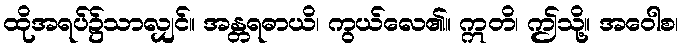
ထိုအရပ်၌သာလျှင်။ အန္တရဓာယိ၊ ကွယ်လေ၏။ ဣတိ၊ ဤသို့။ အဝေါစ၊